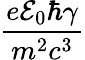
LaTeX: \frac{e{\cal E}_{0}\hbar\gamma}{m^{2}c^{3}}